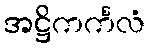
အဋ္ဌိကင်္ကလံ